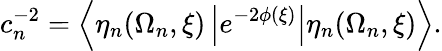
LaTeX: c_{n}^{-2}=\left\langle\eta_{n}(\Omega_{n},\xi)\left|e^{-2\phi(\xi)}\right|\eta_{n}(\Omega_{n},\xi)\right\rangle.